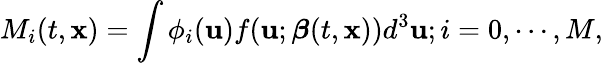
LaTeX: M_{i}(t,\mathbf{x})=\int\phi_{i}(\mathbf{u})f(\mathbf{u};\boldsymbol{\beta}(t,\mathbf{x}))d^{3}\mathbf{u};i=0,\cdots,M,